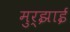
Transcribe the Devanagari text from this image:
मुर्झाई